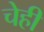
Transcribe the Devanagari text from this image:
चेही